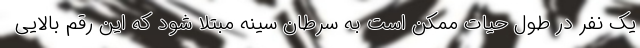
یک نفر در طول حیات ممکن است به سرطان سینه مبتلا شود که این رقم بالایی